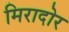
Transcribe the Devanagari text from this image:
मिरादोर